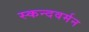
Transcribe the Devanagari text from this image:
स्कन्दवर्मन